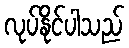
လုပ်နိုင်ပါသည်